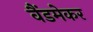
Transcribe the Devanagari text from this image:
वैंडमेकर